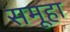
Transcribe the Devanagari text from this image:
समूहा